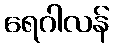
ရေဂါလန်